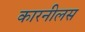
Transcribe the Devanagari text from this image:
कारनीलस